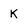
Character: K